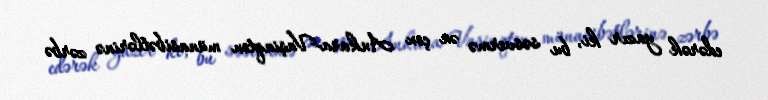
edərək yazır ki, bu səsvermə ən çox Ankara-Vaşinqton münasibətlərinə zərbə